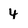
Character: 4